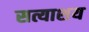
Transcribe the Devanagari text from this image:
सत्याशय